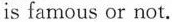
is famous or not.